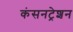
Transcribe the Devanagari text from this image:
कंसनट्रेशन